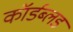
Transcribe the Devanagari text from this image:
कॉर्डब्लड